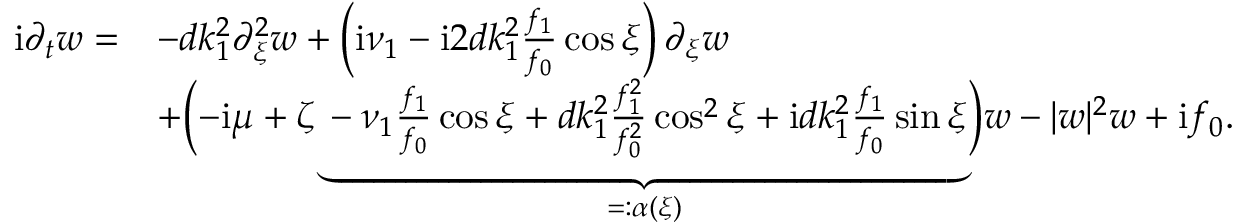
\begin{array} { r l } { \mathrm { i } \partial _ { t } w = } & { - d k _ { 1 } ^ { 2 } \partial _ { \xi } ^ { 2 } w + \left( \mathrm { i } \nu _ { 1 } - \mathrm { i } 2 d k _ { 1 } ^ { 2 } \frac { f _ { 1 } } { f _ { 0 } } \cos \xi \right) \partial _ { \xi } w } \\ & { + \Bigl ( - \mathrm { i } \mu + \zeta \underbrace { - \nu _ { 1 } \frac { f _ { 1 } } { f _ { 0 } } \cos \xi + d k _ { 1 } ^ { 2 } \frac { f _ { 1 } ^ { 2 } } { f _ { 0 } ^ { 2 } } \cos ^ { 2 } \xi + \mathrm { i } d k _ { 1 } ^ { 2 } \frac { f _ { 1 } } { f _ { 0 } } \sin \xi } _ { = : \alpha ( \xi ) } \Bigr ) w - | w | ^ { 2 } w + \mathrm { i } f _ { 0 } . } \end{array}